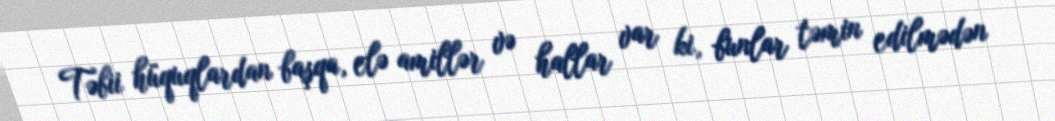
Təbii hüquqlardan başqa, elə amillər və hallar var ki, bunlar təmin edilmədən